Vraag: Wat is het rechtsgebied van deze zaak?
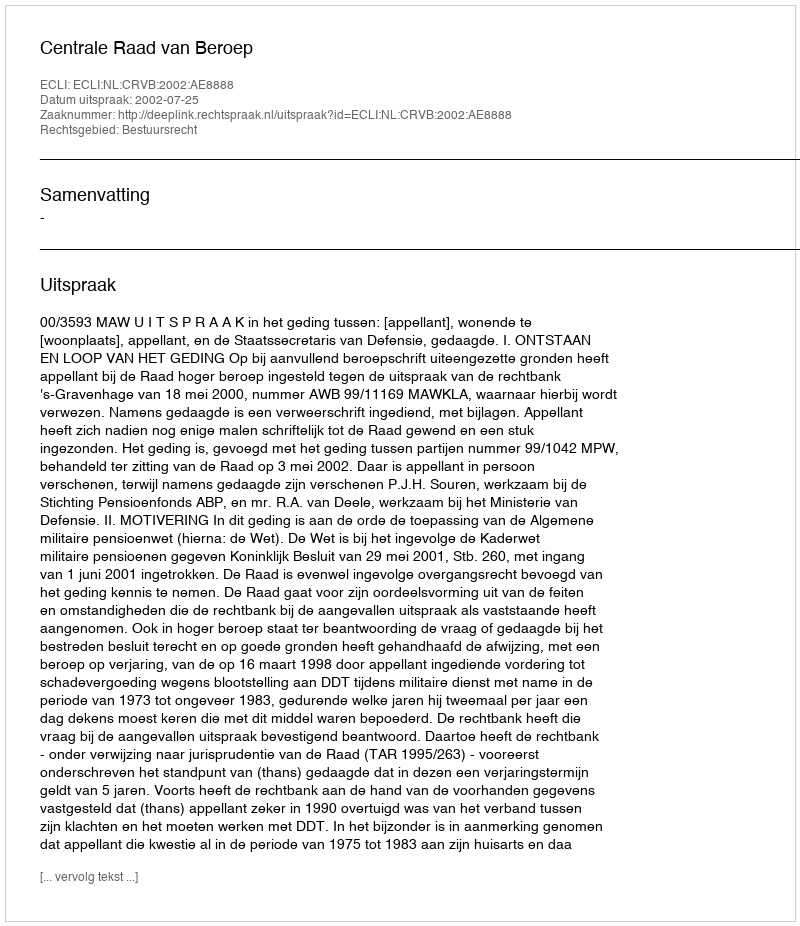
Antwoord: Bestuursrecht